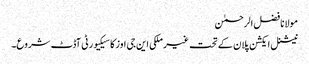
مولانا فضل الرحمٰن
نیشنل ایکشن پلان کے تحت غیر ملکی این جی اوز کا سیکیورٹی آڈٹ شروع۔